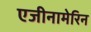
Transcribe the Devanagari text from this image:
एजीनामेरिन